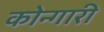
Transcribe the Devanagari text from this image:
कोन्गारी